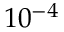
1 0 ^ { - 4 }